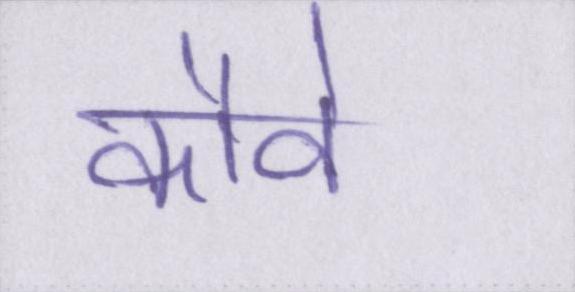
कौवे